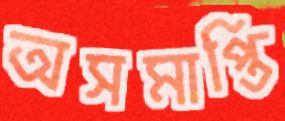
অসমাপ্তি